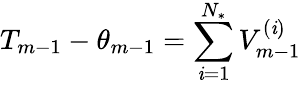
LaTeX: T_{m-1}-\theta_{m-1}=\sum_{\mathit{i}=1}^{{N_{*}}}V_{m-1}^{(\mathit{i})}